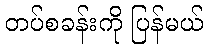
တပ်စခန်းကို ပြန်မယ်